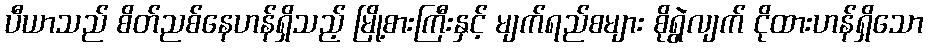
ပီယာသည် စိတ်ညစ်နေဟန်ရှိသည့် မြို့စားကြီးနှင့် မျက်ရည်စများ စိုရွဲလျက် ငိုထားဟန်ရှိသော